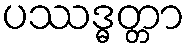
ပဿဒ္ဓတ္တာ